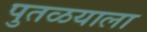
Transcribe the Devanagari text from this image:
पुतळयाला